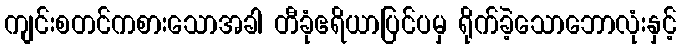
ကျင်းစတင်ကစားသောအခါ တီခုံဧရိယာပြင်ပမှ ရိုက်ခဲ့သောဘောလုံးနှင့်